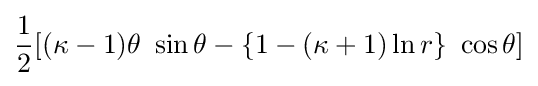
{\frac {1}{2}}[(\kappa -1)\theta ~\sin \theta -\{1-(\kappa +1)\ln r\}~\cos \theta ]